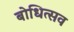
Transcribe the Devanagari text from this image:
बोधित्सव